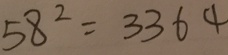
5 8 ^ { 2 } = 3 3 6 4